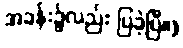
အခန်း၌လည်း ပြခဲ့ပြီ။)